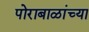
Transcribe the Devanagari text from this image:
पोराबाळांच्या